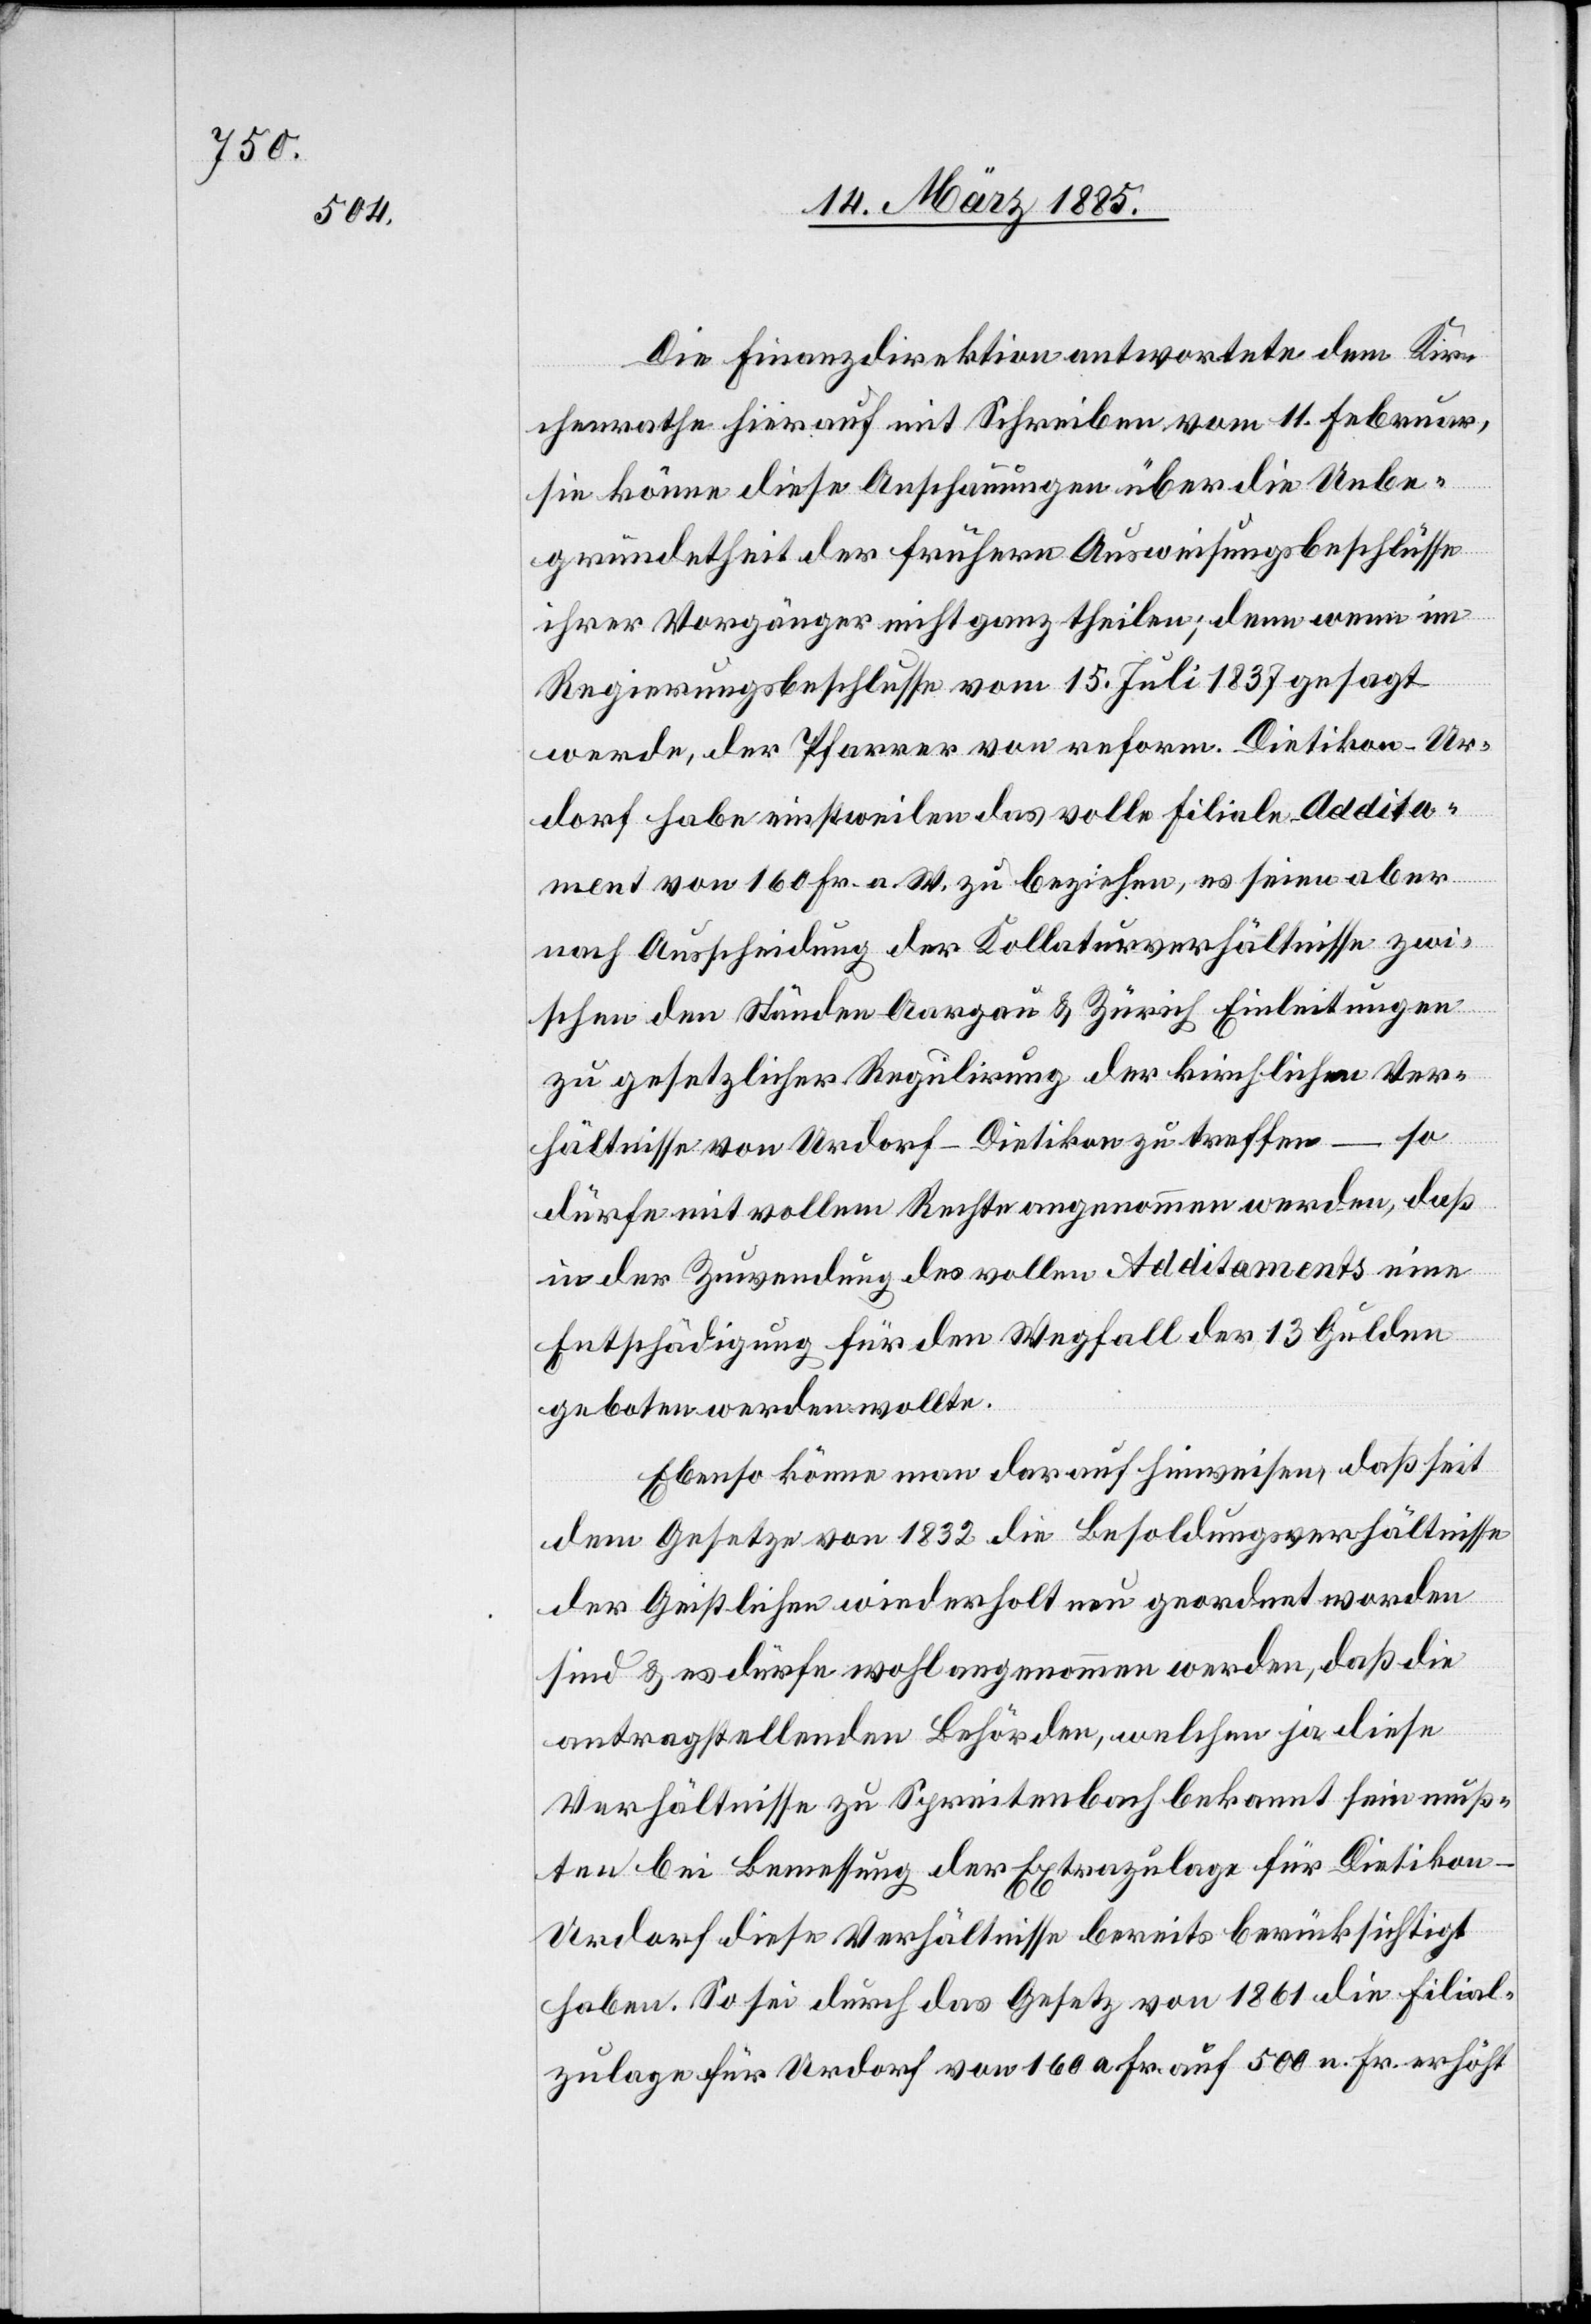
Die Finanzdirektion antwortete dem Kir¬
chenrathe hierauf mit Schreiben vom 11. Februar,
sie könne diese Anschauungen über die Unbe¬
gründetheit der frühern Ausweisungsbeschlüsse
ihrer Vorgänger nicht ganz theilen; denn wenn im
Regierungsbeschlusse vom 15. Juli 1837 gesagt
werde, der Pfarrer von reform. Dietikon-Ur¬
dorf habe einstweilen das volle Filiale Addita¬
ment von 160 Fr. a. W. zu beziehen, es seien aber
nach Ausscheidung der Kollaturverhältnisse zwi¬
schen den Ständen Aargau & Zürich Einleitungen
zu gesetzlicher Regulirung der kirchlichen Ver¬
– so
hältnisse von Urdorf-Dietikon zu treffen
dürfe mit vollem Rechte angenommen werden, daß
in der Zuwendung des vollen Additaments eine
Entschädigung für den Wegfall der 13 Gulden
geboten werden wollte.
Ebenso könne man darauf hinweisen, daß seit
dem Gesetze von 1832 die Besoldungsverhältnisse
der Geistlichen wiederholt neu geordnet worden
sind & es dürfe wohl angenommen werden, das die
antragstellenden Behörden, welchen ja diese
Verhältnisse zu Spreitenbach bekannt sein muß¬
ten bei Bemessung der Extrazulage für Dietikon-U¬
rdorf diese Verhältnisse bereits berücksichtigt
haben. So sei durch das Gesetz von 1861 die Filial¬
zulage für Urdorf von 1600 Fr. auf 500 Fr. erhöht